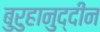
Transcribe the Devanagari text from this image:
बुरुहानुद्दीन